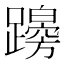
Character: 𨆭